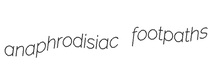
anaphrodisiac footpaths